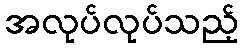
အလုပ်လုပ်သည့်